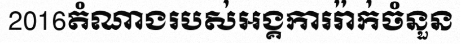
2016តំណាងរបស់អង្គការរ៉ាក់ចំនួន